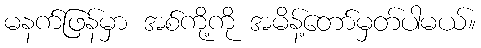
မနက်ဖြန်မှာ အစ်ကို့ကို အမိန့်တော်မှတ်ပါမယ်။